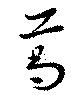
葛